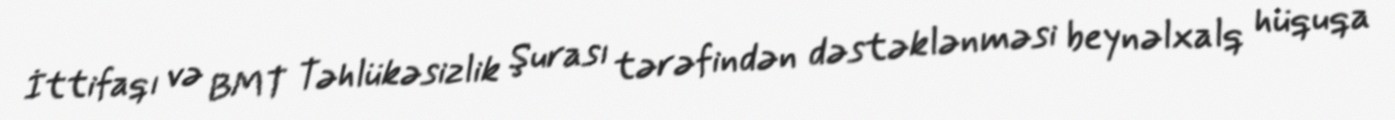
İttifaqı və BMT Təhlükəsizlik Şurası tərəfindən dəstəklənməsi beynəlxalq hüquqa